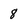
Character: 8